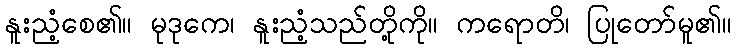
နူးညံ့စေ၏။ မုဒုကေ၊ နူးညံ့သည်တို့ကို။ ကရောတိ၊ ပြုတော်မူ၏။